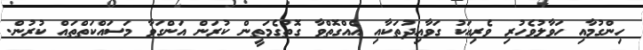
ހިންގުމާއި ހަވާލުވެހުރި ވެރިއަކު ގަވާއިދުތަކާއި އެއްގޮތްވާ ގޮތުގެމަތީން ކުރަން އަންގަވާ މަސައްކަތްތައް ކުރުން.